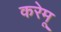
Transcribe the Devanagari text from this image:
करेमू